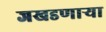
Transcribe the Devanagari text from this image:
जखडणाऱ्या